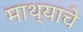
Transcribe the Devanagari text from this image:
माथ्याचे